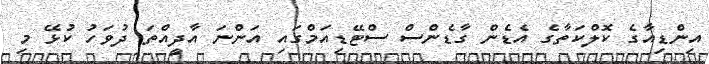
އިންޑިއާގެ ކޮލްކަތާގެ އެޑެން ގާޑެންސް ސްޓޭޑިއަމްގައި އަންނަ އާދީއްތަ ދުވަހު ކުޅޭ މި